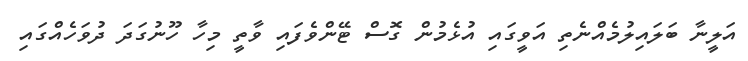
އަލީނާ ބަލައިލުމެއްނެތި އަވީގައި އުޅެމުން ގޮސް ޓޭންވެފައި ވާތީ މިހާ ހޫނުގަދަ ދުވަހެއްގައި